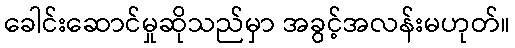
ခေါင်းဆောင်မှုဆိုသည်မှာ အခွင့်အလန်းမဟုတ်။